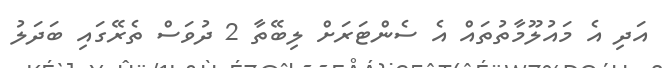
އަދި އެ މައުލޫމާތުތައް އެ ސެންޓަރަށް ލިބޭތާ 2 ދުވަސް ތެރޭގައި ބަދަލު